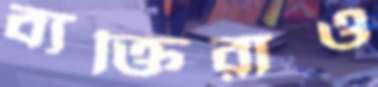
ব্যক্তিরাও